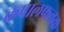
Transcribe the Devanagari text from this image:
कपालफलक